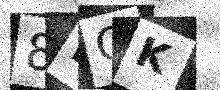
Text: 8HOK